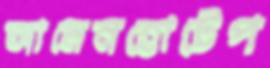
আমেনহোটেপ